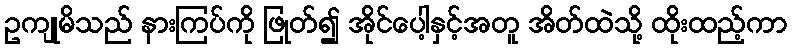
ဥကျုမိသည် နားကြပ်ကို ဖြုတ်၍ အိုင်ပေါ့နှင့်အတူ အိတ်ထဲသို့ ထိုးထည့်ကာ